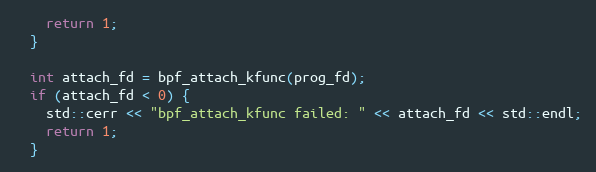
Language: C++
    return 1;
  }

  int attach_fd = bpf_attach_kfunc(prog_fd);
  if (attach_fd < 0) {
    std::cerr << "bpf_attach_kfunc failed: " << attach_fd << std::endl;
    return 1;
  }